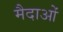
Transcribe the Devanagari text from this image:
मैदाओं